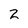
Character: 2